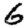
Digit: 6